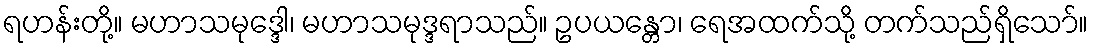
ရဟန်းတို့။ မဟာသမုဒ္ဒေါ၊ မဟာသမုဒ္ဒရာသည်။ ဥပယန္တော၊ ရေအထက်သို့ တက်သည်ရှိသော်။